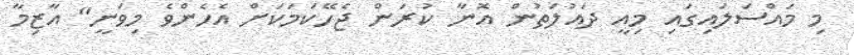
މި މައްސަލައިގައި މިއީ ދައުލަތުން އޮނާ ކުރަން ޖެހޭކަމަކަށް އެހެންވެ މިވަނީ" އާޒިމާ